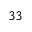
3 3